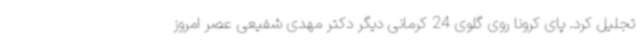
تجلیل کرد. پای کرونا روی گلوی 24 کرمانی دیگر دکتر مهدی شفیعی عصر امروز